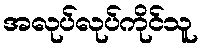
အလုပ်လုပ်ကိုင်သူ